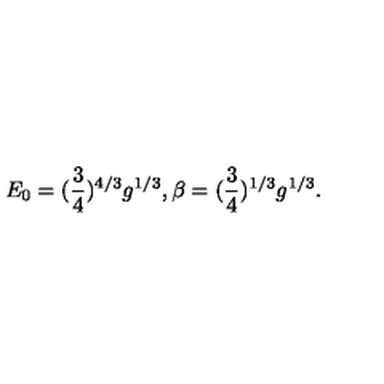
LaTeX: E _ { 0 } = ( { \frac { 3 } { 4 } } ) ^ { 4 / 3 } g ^ { 1 / 3 } , \beta = ( { \frac { 3 } { 4 } } ) ^ { 1 / 3 } g ^ { 1 / 3 } .